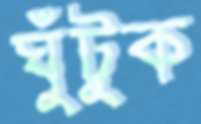
ঘুঁটুক